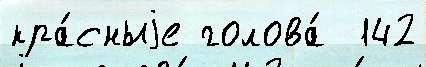
кра́сныjе голова́  142